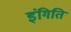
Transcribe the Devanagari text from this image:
इंगिति